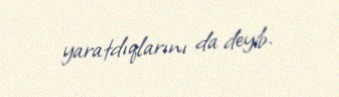
yaratdıqlarını da deyib.